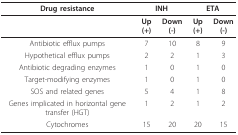
<table><thead><tr><td><b>Drug resistance</b></td><td colspan="2"><b>INH</b></td><td colspan="2"><b>ETA</b></td></tr></thead><tbody><tr><td></td><td><b>Up (+)</b></td><td><b>Down (-)</b></td><td><b>Up (+)</b></td><td><b>Down (-)</b></td></tr><tr><td>Antibiotic efflux pumps</td><td>7</td><td>10</td><td>8</td><td>9</td></tr><tr><td>Hypothetical efflux pumps</td><td>2</td><td>2</td><td>1</td><td>3</td></tr><tr><td>Antibiotic degrading enzymes</td><td>1</td><td>0</td><td>1</td><td>0</td></tr><tr><td>Target-modifying enzymes</td><td>1</td><td>0</td><td>1</td><td>0</td></tr><tr><td>SOS and related genes</td><td>5</td><td>4</td><td>1</td><td>8</td></tr><tr><td>Genes implicated in horizontal gene transfer (HGT)</td><td>1</td><td>2</td><td>1</td><td>2</td></tr><tr><td>Cytochromes</td><td>15</td><td>20</td><td>20</td><td>15</td></tr></tbody></table>